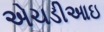
એચડીઆઇ